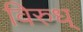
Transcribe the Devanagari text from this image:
विरुध्